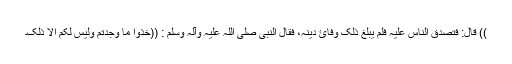
)) قَالَ: فَتَصَدَّقَ النَّاسُ عَلَیْہِ فَلَمْ یَبْلُغْ ذٰلِکَ وَفَائَ دَیْنِہِ، فَقَالَ النَّبِیُّ ‌صلی ‌اللہ ‌علیہ ‌وآلہ ‌وسلم : ((خُذُوْا مَا وَجَدْتُمْ وَلَیْسَ لَکُمْ اِلَّا ذٰلِکَ۔